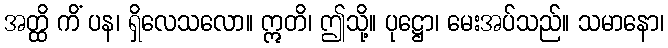
အတ္ထိ ကိံ ပန၊ ရှိလေသလော။ ဣတိ၊ ဤသို့။ ပုဋ္ဌော၊ မေးအပ်သည်။ သမာနော၊